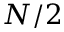
N / 2